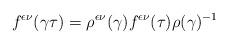
LaTeX: \begin{align*}f^{\epsilon\nu}(\gamma\tau)=\rho^{\epsilon\nu}(\gamma)f^{\epsilon\nu}(\tau)\rho(\gamma)^{-1}\end{align*}